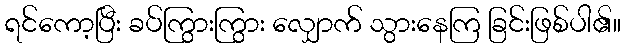
ရင်ကော့ပြီး ခပ်ကြွားကြွား လျှောက် သွားနေကြ ခြင်းဖြစ်ပါ၏။